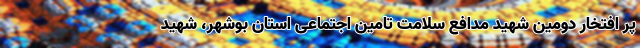
پر افتخار دومین شهید مدافع سلامت تامین اجتماعی استان بوشهر، شهید